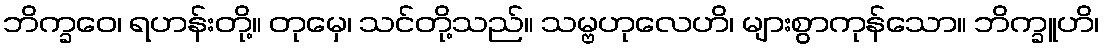
ဘိက္ခဝေ၊ ရဟန်းတို့။ တုမှေ၊ သင်တို့သည်။ သမ္ဗဟုလေဟိ၊ များစွာကုန်သော။ ဘိက္ခူဟိ၊